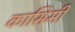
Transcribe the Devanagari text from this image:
कासिमी